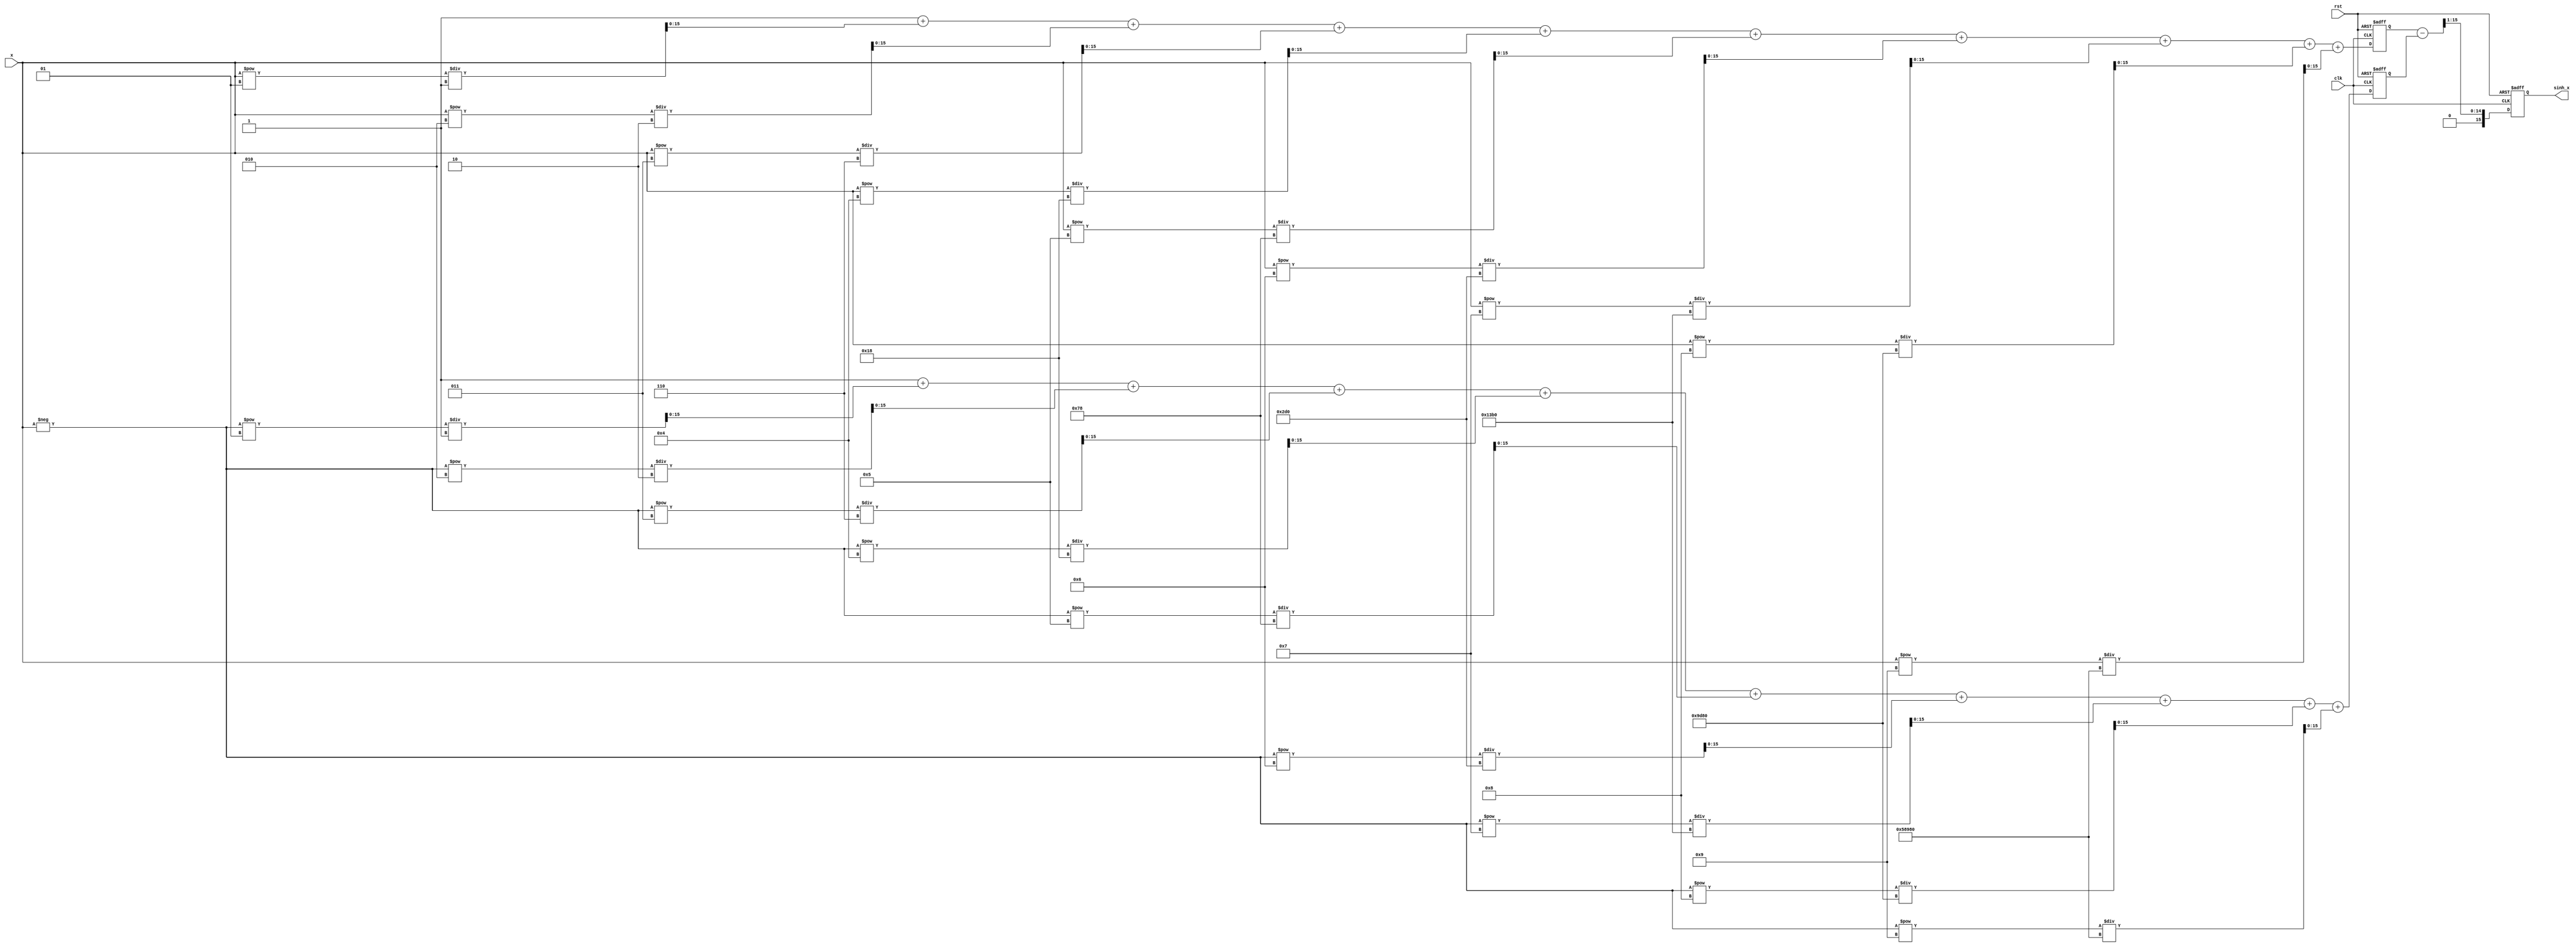
module sinh_arithmetic_block (
    input wire [15:0] x,          // Fixed-point input (width = 16 bits)
    output reg [15:0] sinh_x,     // Fixed-point output (width = 16 bits)
    input wire clk,               // Clock signal
    input wire rst                // Reset signal
);

// Internal signals for e^x and e^-x
wire [15:0] exp_x;
wire [15:0] exp_neg_x;
reg [15:0] exp_x_reg;
reg [15:0] exp_neg_x_reg;

// Exponential function approximation (using Taylor series for e^x)
function [15:0] exp_approx(input [15:0] x);
    reg [31:0] result; // Using a wider type to accumulate results
    integer i;
    begin
        result = 16'h0001; // e^0 = 1
        for (i = 1; i < 10; i = i + 1) begin // 10 terms in Taylor series
            result = result + (x**i) / factorial(i);
        end
        exp_approx = result[15:0]; // Return lower 16 bits
    end
endfunction

// Factorial function
function [31:0] factorial(input integer n);
    integer i;
    begin
        factorial = 1;
        for (i = 1; i <= n; i = i + 1) begin
            factorial = factorial * i;
        end
    end
endfunction

// Calculate e^x and e^-x using the approximation
always @(posedge clk or posedge rst) begin
    if (rst) begin
        exp_x_reg <= 0;
        exp_neg_x_reg <= 0;
        sinh_x <= 0;
    end else begin
        exp_x_reg <= exp_approx(x);                 // e^x
        exp_neg_x_reg <= exp_approx(-x);            // e^-x
        
        // Compute sinh(x) = (e^x - e^-x) / 2
        sinh_x <= (exp_x_reg - exp_neg_x_reg) >> 1; // Shift right to divide by 2
    end
end

endmodule